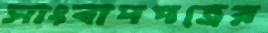
সাংবাদপত্রের